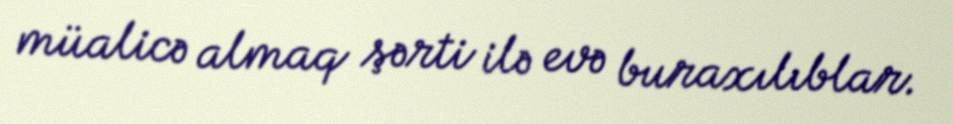
müalicə almaq şərti ilə evə buraxılıblar.